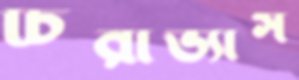
চিরাভ্যাস